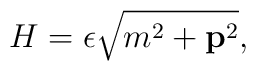
H=\epsilon \sqrt{m^2+{\bf p}^2},